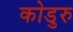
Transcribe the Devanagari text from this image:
कोडुरु